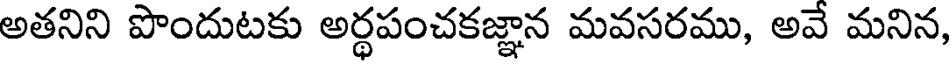
అతనిని పొందుటకు అర్థపంచకజ్ఞాన మవసరము, అవే మనిన,